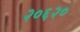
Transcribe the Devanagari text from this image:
२०६२०